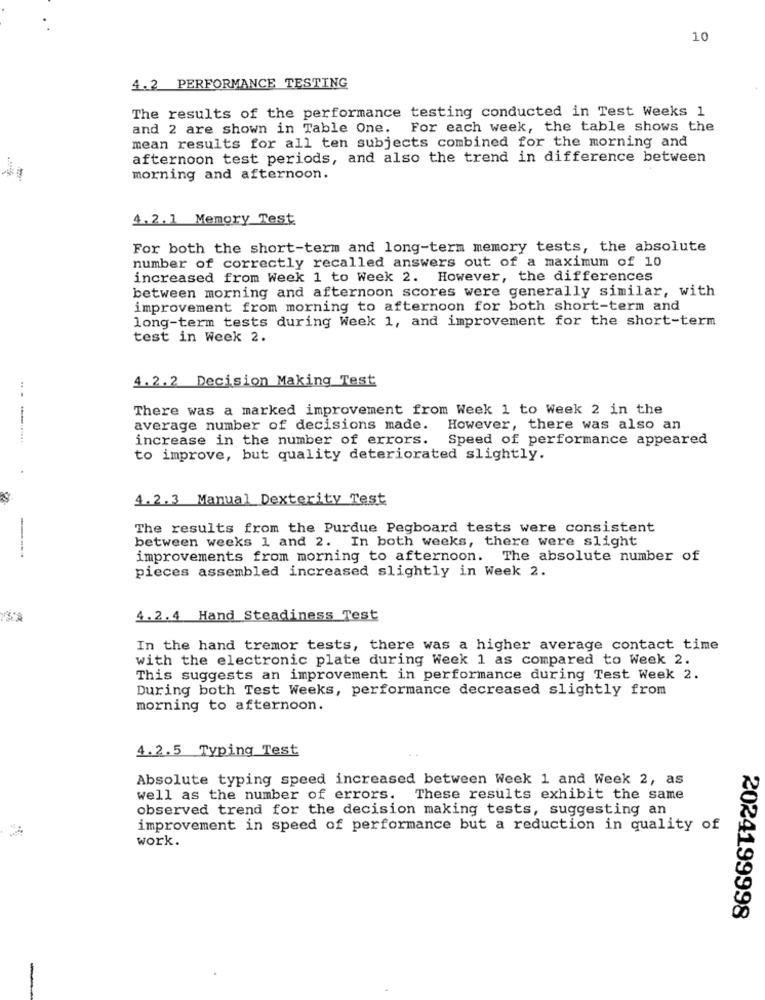
10
4.2 PERFORMANCE TESTING
The results of the performance testing conducted in Test Weeks 1
and 2 are shown in Table One. For each week, the table shows the
mean results for all ten subjects combined for the morning and
afternoon test periods, and also the trend in difference between
morning and afternoon.
4.2.1 Memory Test
For both the short-term and long-term memory tests, the absolute
number of correctly recalled answers out of a maximum of 10
increased from Week 1 to Week 2. However, the differences
between morning and afternoon scores were generally similar, with
improvement from morning to afternoon for both short-term and
long-term tests during Week 1, and improvement for the short-term
test in Week 2.
4.2 .2 Decision Making Test
There was a marked improvement from Week 1 to Week 2 in the
average number of decisions made. However, there was also an
.--...
increase in the number of errors. Speed of performance appeared
to improve, but quality deteriorated slightly.
4.2 .3 Manual Dexterity Test
The results from the Purdue Pegboard tests were consistent
between weeks 1 and 2. In both weeks, there were slight
----
improvements from morning to afternoon. The absolute number of
pieces assembled increased slightly in Week 2.
4.2.4 Hand Steadiness Test
In the hand tremor tests, there was a higher average contact time
with the electronic plate during Week 1 as compared to Week 2.
This suggests an improvement in performance during Test Week 2.
During both Test Weeks, performance decreased slightly from
morning to afternoon.
4.2.5 Typing Test
Absolute typing speed increased between Week 1 and Week 2, as
well as the number of errors. These results exhibit the same
observed trend for the decision making tests, suggesting an
improvement in speed of performance but a reduction in quality of
work.
2024199998
-